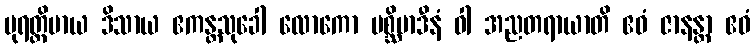
ပုရတ္ထိမာယ ဒိသာယ ဧကန္တသုခေါ လောကော ပစ္ဆိမာဒီနံ ဝါ အညတရာယာတိ ဧဝံ ဇာနန္တာ ဧဝံ